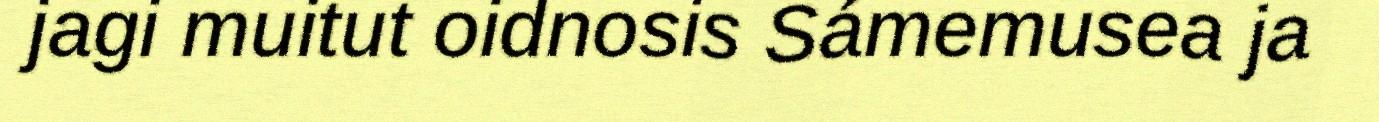
jagi muitut oidnosis Sámemusea ja